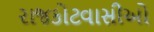
રાજકોટવાસીઓ